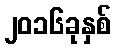
၂၀၁၆ခုနှစ်